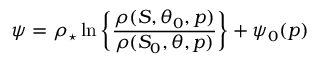
\psi = \rho _ { \star } \ln { \left\{ \frac { \rho ( S , \theta _ { 0 } , p ) } { \rho ( S _ { 0 } , \theta , p ) } \right\} } + \psi _ { 0 } ( p )